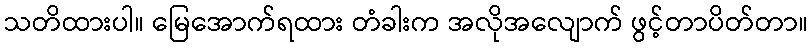
သတိထားပါ။ မြေအောက်ရထား တံခါးက အလိုအလျောက် ဖွင့်တာပိတ်တာ။